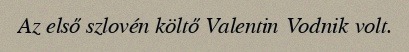
Az első szlovén költő Valentin Vodnik volt.